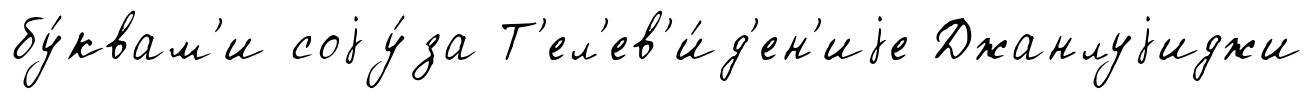
бу́квам'и соjу́за Т'ел'ев'и́д'ен'иjе Джанлуjиджи